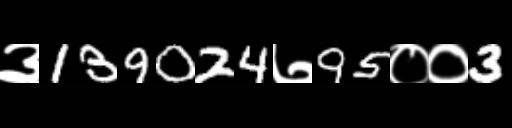
Text: ३139024७95००3